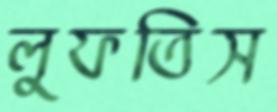
লুফতিস